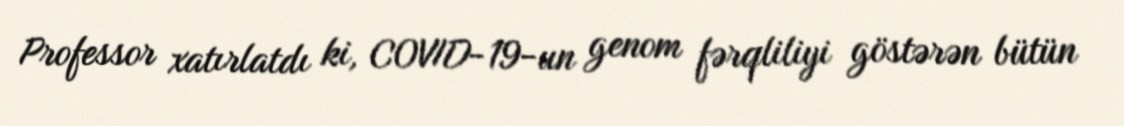
Professor xatırlatdı ki, COVID-19-un genom fərqliliyi göstərən bütün